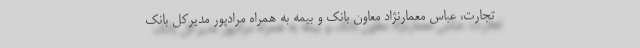
تجارت، عباس معمارنژاد معاون بانک و بیمه به همراه مرادپور مدیرکل بانک